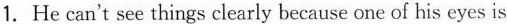
1.He can't see things clearly because one of his eyes is